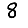
Digit: 8